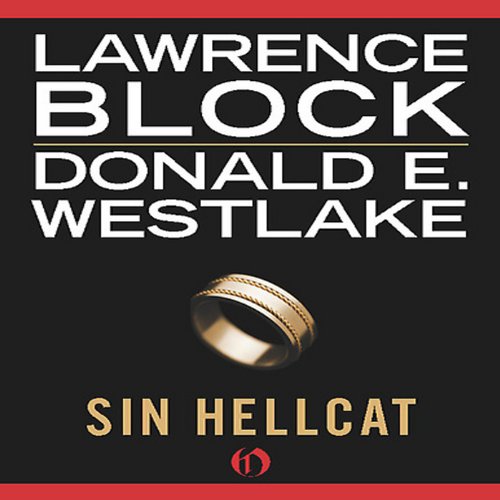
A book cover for Sin Hellcat; Lawrence Block; Romance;